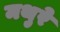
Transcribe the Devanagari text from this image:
मथुरे